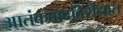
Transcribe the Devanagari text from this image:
आतंकवादविरोधात